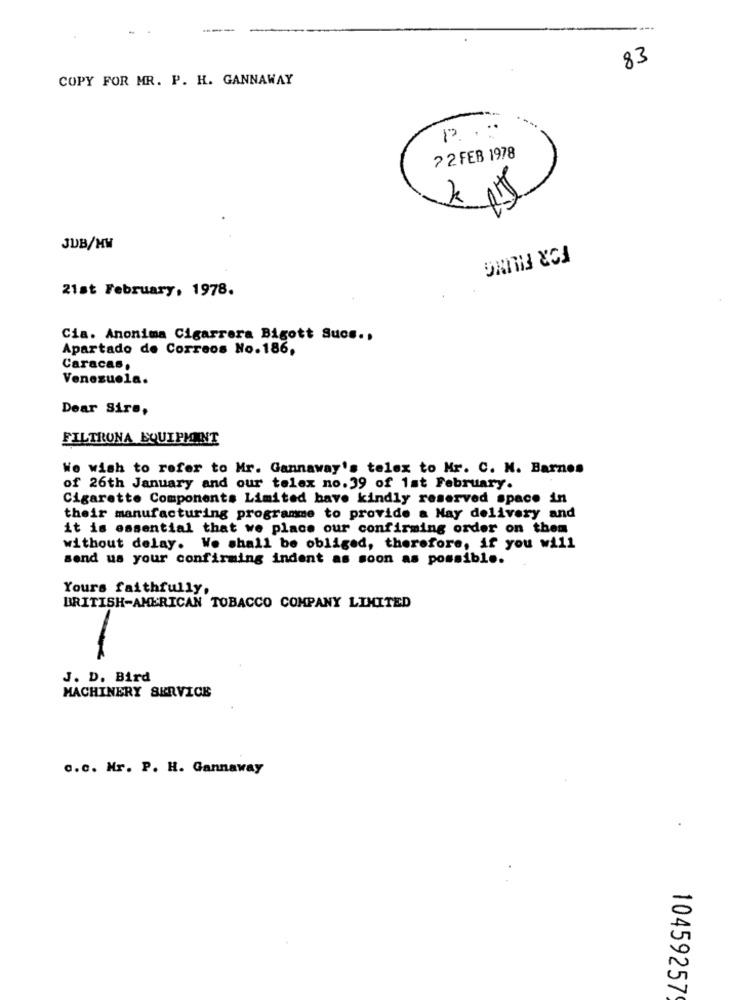
83
COPY FOR MR. P. H. GANNAWAY
7 2 FEB 1978
JUB/MW
FOR FILING
21st February, 1978.
Cia. Anonima Cigarrera Bigott Sucs ..
Apartado de Correos No.186,
Caracas.
Venezuela.
Dear Sire,
FILTRUNA EQUIPMENT
We wish to refer to Mr. Gannaway's telex to Mr. C. N. Barnes
of 26th January and our telex no.39 of 1st February.
Cigarette Components Limited have kindly reserved space in
their manufacturing programme to provide a May delivery and
it is essential that we place our confirming order on them
without delay. We shall be obliged, therefore, if you will
send us your confirming indent as soon as possible.
Yours faithfully,
BRITISH-AMERICAN TOBACCO COMPANY LIMITED
J. D. Bird
MACHINERY SERVICE
o.c. Mr. P. H. Gannaway
=
U
10459257